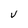
Character: V